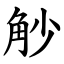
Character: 觘